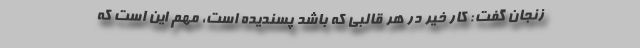
زنجان گفت: کار خیر در هر قالبی که باشد پسندیده است، مهم این است که